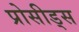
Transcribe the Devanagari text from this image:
प्रोसीड्स